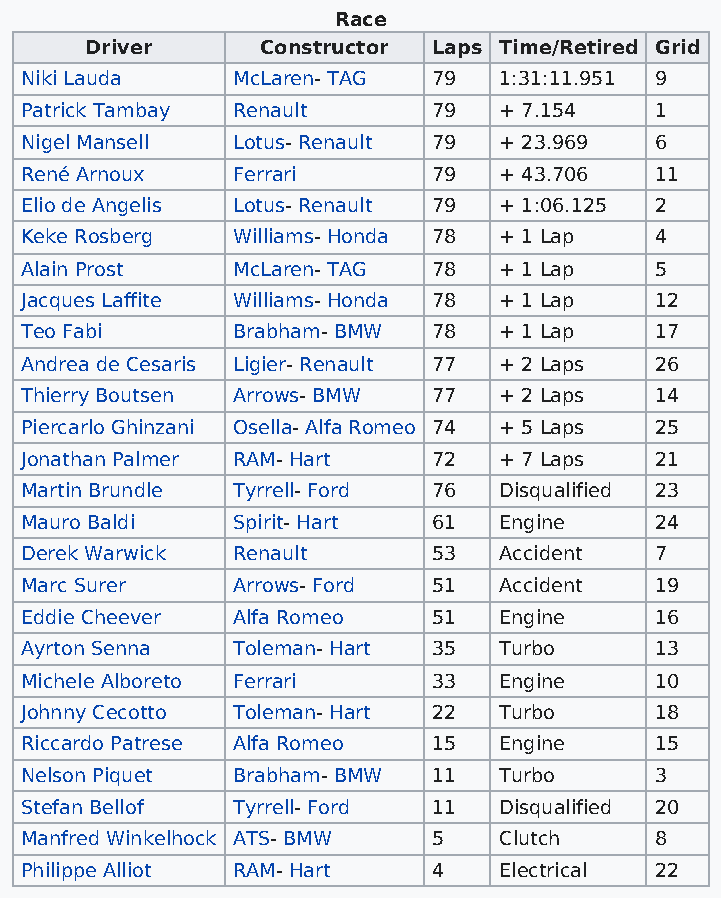
Race
 Driver     Constructor Laps Time/Retired Grid
 Niki Lauda    McLaren- TAG  79  1:31:11.951 9
 Patrick Tambay Renault      79  + 7.154   1
 Nigel Mansell Lotus- Renault 79 + 23.969  6
 René Arnoux   Ferrari       79  + 43.706  11
 Elio de Angelis Lotus- Renault 79 + 1:06.125 2
 Keke Rosberg  Williams- Honda 78 + 1 Lap  4
 Alain Prost   McLaren- TAG  78  + 1 Lap   5
 Jacques Laffite Williams- Honda 78 + 1 Lap 12
 Teo Fabi      Brabham- BMW  78  + 1 Lap   17
 Andrea de Cesaris Ligier- Renault 77 + 2 Laps 26
 Thierry Boutsen Arrows- BMW 77  + 2 Laps  14
 Piercarlo Ghinzani Osella- Alfa Romeo 74 + 5 Laps 25
 Jonathan Palmer RAM- Hart   72  + 7 Laps  21
 Martin Brundle Tyrrell- Ford 76 Disqualified 23
 Mauro Baldi   Spirit- Hart  61  Engine    24
 Derek Warwick Renault       53  Accident  7
 Marc Surer    Arrows- Ford  51  Accident  19
 Eddie Cheever Alfa Romeo    51  Engine    16
 Ayrton Senna  Toleman- Hart 35  Turbo     13
 Michele Alboreto Ferrari    33  Engine    10
 Johnny Cecotto Toleman- Hart 22 Turbo     18
 Riccardo Patrese Alfa Romeo 15  Engine    15
 Nelson Piquet Brabham- BMW  11  Turbo     3
 Stefan Bellof Tyrrell- Ford 11  Disqualified 20
 Manfred Winkelhock ATS- BMW 5   Clutch    8
 Philippe Alliot RAM- Hart   4   Electrical 22